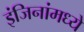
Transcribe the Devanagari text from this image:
इंजिनांमध्ये